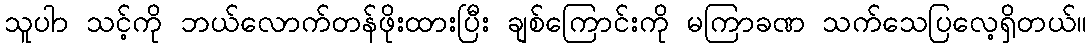
သူပာာ သင့်ကို ဘယ်လောက်တန်ဖိုးထားပြီး ချစ်ကြောင်းကို မကြာခဏ သက်သေပြလေ့ရှိတယ်။